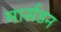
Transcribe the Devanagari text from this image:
मार्सडन